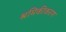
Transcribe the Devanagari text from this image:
श्रमिकीकरण